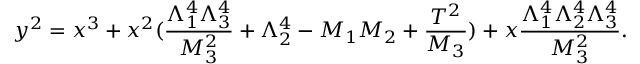
y ^ { 2 } = x ^ { 3 } + x ^ { 2 } ( \frac { \Lambda _ { 1 } ^ { 4 } \Lambda _ { 3 } ^ { 4 } } { M _ { 3 } ^ { 2 } } + \Lambda _ { 2 } ^ { 4 } - M _ { 1 } M _ { 2 } + \frac { T ^ { 2 } } { M _ { 3 } } ) + x \frac { \Lambda _ { 1 } ^ { 4 } \Lambda _ { 2 } ^ { 4 } \Lambda _ { 3 } ^ { 4 } } { M _ { 3 } ^ { 2 } } . \nonumber